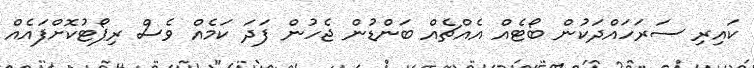
ކައިރި ސަރަހައްދަކުން ބޯޓެއް އެއްޗެއް ބަންޑުން ޖެހުން ފަދަ ކަމެއް ވެސް ރިޕޯޓުކޮށްފައެއް